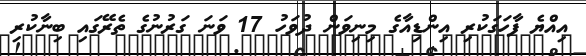
އިއްޔެ ފާހަގަކުރި އިންޑިއާގެ މިނިވަން ދުވަހު 17 ވަނަ ގަރުނުގެ ތެރޭގައި ބިނާކުރި